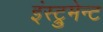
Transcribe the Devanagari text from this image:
इंस्ट्रुमेन्ट